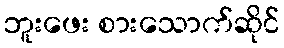
ဘူးဖေး စားသောက်ဆိုင်